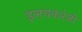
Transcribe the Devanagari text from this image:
इलचकरंजी